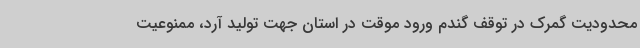
محدودیت گمرک در توقف گندم ورود موقت در استان جهت تولید آرد، ممنوعیت